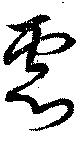
慮